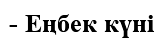
- Еңбек күні